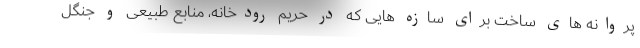
پروانه های ساخت برای سازه هایی که در حریم رودخانه، منابع طبیعی و جنگل